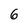
Character: 6